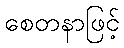
စေတနာဖြင့်